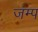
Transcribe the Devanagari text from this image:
जंम्प